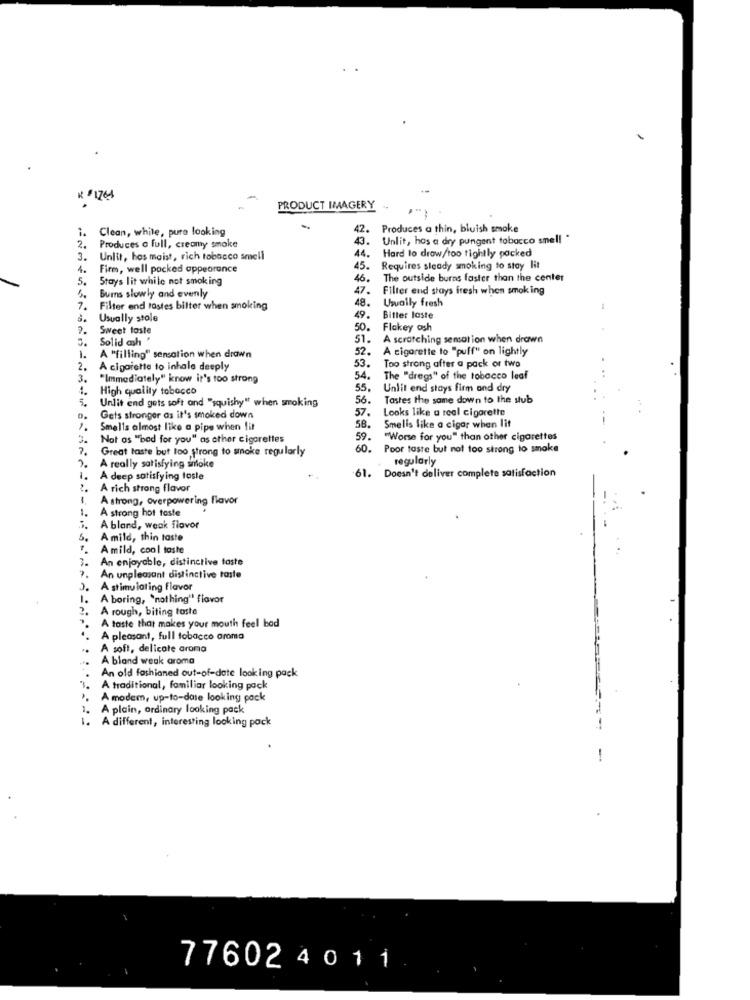
PRODUCT IMAGERY
1.
Clean, while, pure looking
42.
Produces a thin, bluish smoke
43.
Unlit, has a dry pungent tobacco smell *
2.
Produces a full, creamy smoke
44.
Hard to draw/too tightly packed
3.
Unlit, hos maist, rich tobacco smell
4.
Firm, well pocked appearance
45.
Requires steady smoking to stay lit
5.
Stays lit while not smoking
46.
The outside burns faster than the center
47.
Filter end stays fresh when smoking
5.
Burns slowly and evenly
48.
Usually fresh
7.
Filter end Postes bilter when smoking
Usually stole
49.
Bitter laste
2.
Sweet taste
50.
Flakey osh
3.
Solid ash '
51.
A scratching semsation when drawn
52.
A cigarette to "puff" on lightly
1.
A "filling" sensation when drawn
2.
A cigarette to inhale deeply
53.
Too strong after a pack or two
3.
"Immediately" know it's too strong
54.
The "dregs" of the tobacco leaf
4.
High quality tobacco
55.
Unlit end stays firm and dry
5.
Unlit end gets soft and "squishy" when smoking
56.
Tastes the same down to the stub
57.
Looks like a real cigarette
Gets stronger as it's smoked down
Smells almost like a pipe when lit
58.
Smells like a cigar when lit
Not as "bed for you" as other cigarettes
59.
"Worse for you" than other cigarettes
Great taste but too strong to smoke regularly
60.
Poor taste but not too strong to smoke
regularly
A really satisfying smoke
61. Doesn't deliver complete satisfaction
1.
A deep satisfying taste
A rich strong flavor
1
A strong, overpowering flavor
A strong hot taste
A bland, weak flavor
A mild, thin taste
Amild, cool taste
3.
An enjoyable, distinctive taste
An unpleasant distinctive taste
A stimulating flavor
1.
A boring, "nothing" flavor
2.
A rough, biting taste
A taste that makes your mouth feel bod
A pleasant, full tobacco arama
..
A soft, delicate aroma
A bland weak aroma
An old fashioned out-of-date looking pack
A traditional, familiar looking pack
. A modem, up-to-date looking pack
A plain, ordinary looking pack
1. A different, interesting looking pack
-
77602 4 0 11